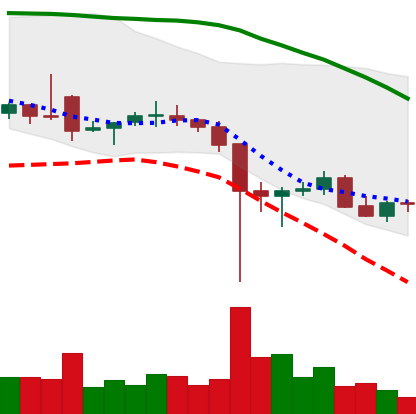
Ticker: ETC-USD
Chart end date: 2021-12-12
Forward return: -9.491%
Label: down_7plus